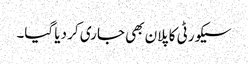
سیکورٹی کا پلان بھی جاری کر دیا گیا۔